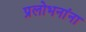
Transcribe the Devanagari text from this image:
प्रलोभनांना